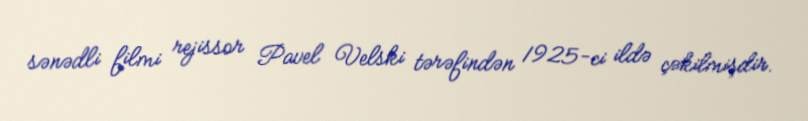
sənədli filmi rejissor Pavel Velski tərəfindən 1925-ci ildə çəkilmişdir.